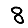
Digit: 8